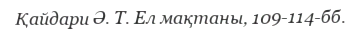
Қайдари Ә. Т. Ел мақтаны, 109-114-бб.